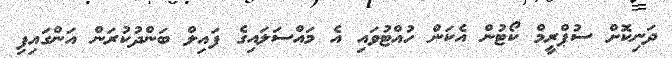
ދަނިކޮށް ސުޕްރީމް ކޯޓުން އެކަން ހުއްޓުވައި އެ މައްސަލައިގެ ފައިލް ބަންދުކުރަން އަންގައިފި